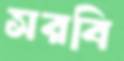
সরবি